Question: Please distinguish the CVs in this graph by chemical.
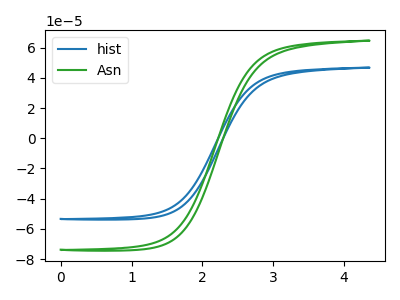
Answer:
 <answer>The blue curve is labeled "hist". The green curve is labeled "Asn".</answer>
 <eval></eval>